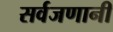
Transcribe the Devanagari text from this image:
सर्वजणानी